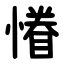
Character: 慻